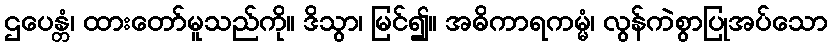
ဌပေန္တံ၊ ထားတော်မူသည်ကို။ ဒိသွာ၊ မြင်၍။ အဓိကာရကမ္မံ၊ လွန်ကဲစွာပြုအပ်သော